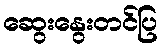
ဆွေးနွေးတင်ပြ